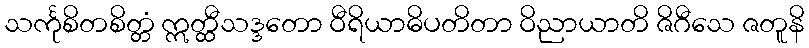
သင်္ကုစိတစိတ္တံ ဣတ္ထီသဒ္ဒတော ဝီရိယာဓိပတိတာ ဝိညာယာတိ ဇိဂီသေ ဇတူနိ